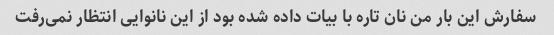
سفارش این بار من نان تاره با بیات داده شده بود از این نانوایی انتظار نمی‌رفت